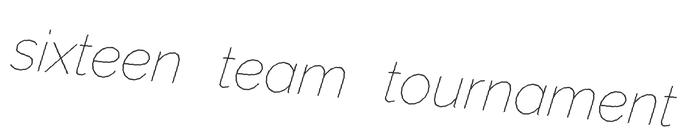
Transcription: sixteen team tournament